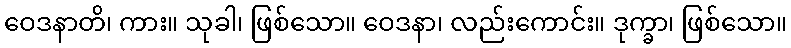
ဝေဒနာတိ၊ ကား။ သုခါ၊ ဖြစ်သော။ ဝေဒနာ၊ လည်းကောင်း။ ဒုက္ခာ၊ ဖြစ်သော။